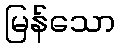
မြန်သော